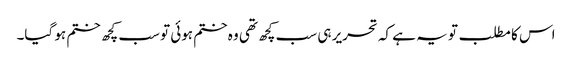
اس کا مطلب تو یہ ہے کہ تحریر ہی سب کچھ تھی وہ ختم ہوئی تو سب کچھ ختم ہو گیا۔